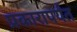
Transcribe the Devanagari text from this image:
प्रकारापर्यंत